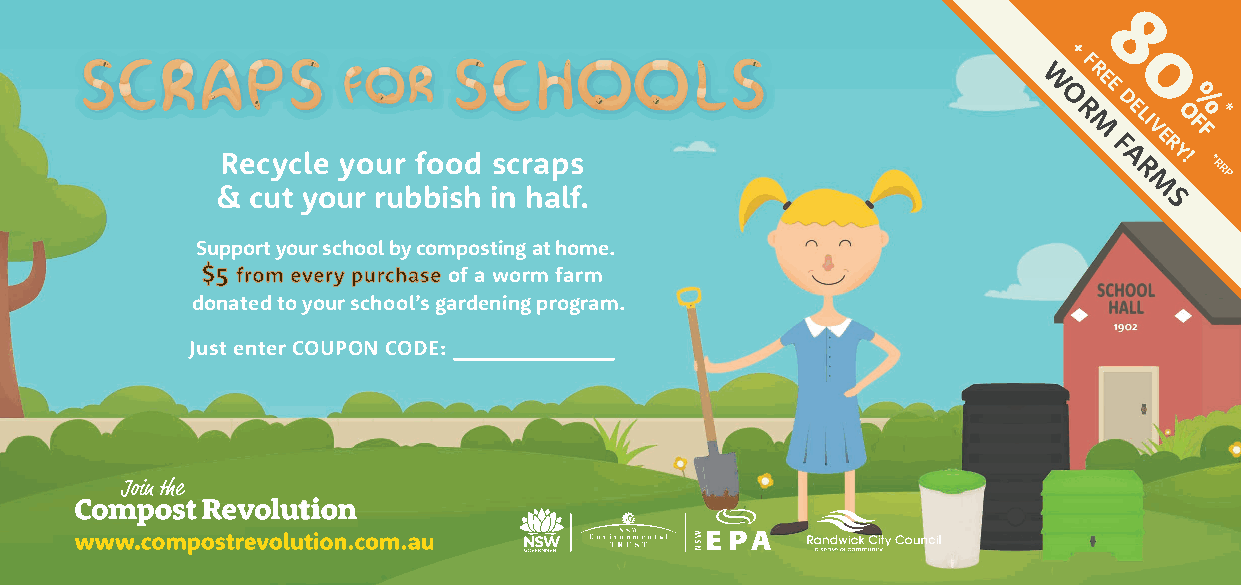
8
 +
 F
 R 0
 W  E E
 O R
 M
 D E LI
 V
 EO%
 F
 F*
 F   R
 Recycle your food scraps                                   A
 R
 Y! *RRP
 &  cut your rubbish in half.                                  M
 S
 Support your school by composting at home.
 of a worm farm
 donated to your school’s gardening program.
 Just enter COUPON CODE: ____________